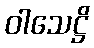
ဝါသေဋ္ဌိ